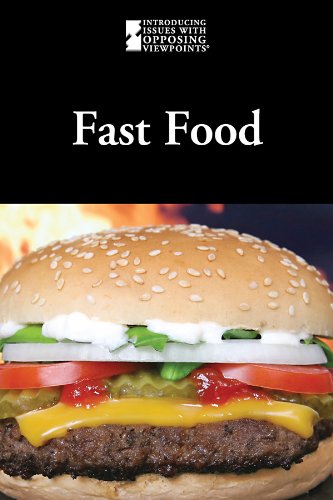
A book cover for Fast Food (Introducing Issues With Opposing Viewpoints); Teen & Young Adult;